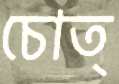
চোত্